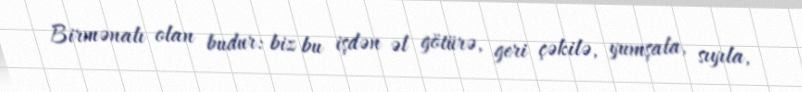
Birmənalı olan budur: biz bu işdən əl götürə, geri çəkilə, yumşala, sıyıla,